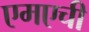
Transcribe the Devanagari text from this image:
एमएची